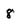
Character: 8